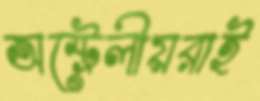
অস্ট্রেলীয়রাই